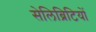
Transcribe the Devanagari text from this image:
सेलिब्रिटियों